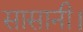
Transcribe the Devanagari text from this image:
सासानी।